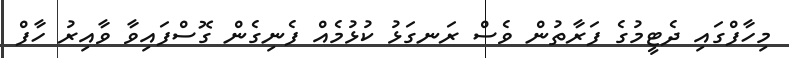
މިހާފްގައި ދެޓީމުގެ ފަރާތުން ވެސް ރަނގަޅު ކުޅުމެއް ފެނިގެން ގޮސްފައިވާ ވާއިރު ހާފް